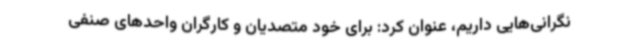
نگرانی‌هایی داریم، عنوان کرد: برای خود متصدیان و کارگران واحدهای صنفی